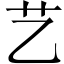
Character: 艺